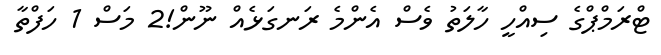
ޓްރަމްޕްގެ ސިއްހީ ހާލަތު ވެސް އެންމެ ރަނގަޅެއް ނޫން!2 މަސް 1 ހަފްތާ